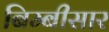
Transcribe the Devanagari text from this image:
बिम्बीसार